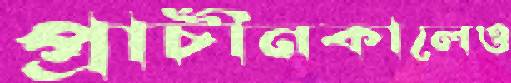
প্রাচীনকালেও